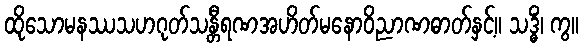
ထိုသောမနဿသဟဂုတ်သန္တီရဏအဟိတ်မနောဝိညာဏဓာတ်နှင့်။ သဒ္ဓိံ၊ ကွ။